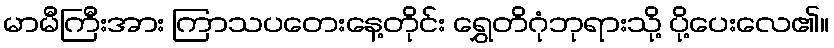
မာမီကြီးအား ကြာသပတေးနေ့တိုင်း ရွှေတိဂုံဘုရားသို့ ပို့ပေးလေ၏။